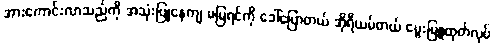
အားကောင်းလာသည်ကို အသုံးပြုနေကျ မမြရင်ကို ခေါ်ပြောတယ် အိုရီယမ်တယ် မွေးမြူထုတ်လုပ်